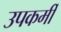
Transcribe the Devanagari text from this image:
उपकर्मी